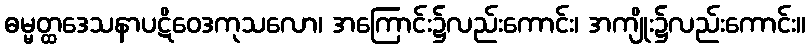
ဓမ္မတ္ထဒေသနာပဋိဝေဒကုသလော၊ အကြောင်း၌လည်းကောင်း၊ အကျိုး၌လည်းကောင်း။